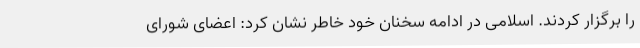
را برگزار کردند. اسلامی در ادامه سخنان خود خاطر نشان کرد: اعضای شورای